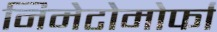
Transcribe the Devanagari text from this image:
निमेटोमोर्फा